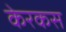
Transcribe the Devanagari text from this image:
केरकस